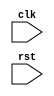
module behavioral_modeling (
    input wire clk,
    input wire rst
);

always @(posedge clk or negedge rst) begin
    // Specify desired behavior here
    // This block will be triggered on the positive edge of the clock signal and the negative edge of the reset signal
    // Add your code here
end

endmodule